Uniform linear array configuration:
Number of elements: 12
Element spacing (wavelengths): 1
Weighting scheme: blackman
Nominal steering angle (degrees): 15
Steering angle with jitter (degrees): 16.891
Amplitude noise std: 0.05
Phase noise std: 0.05

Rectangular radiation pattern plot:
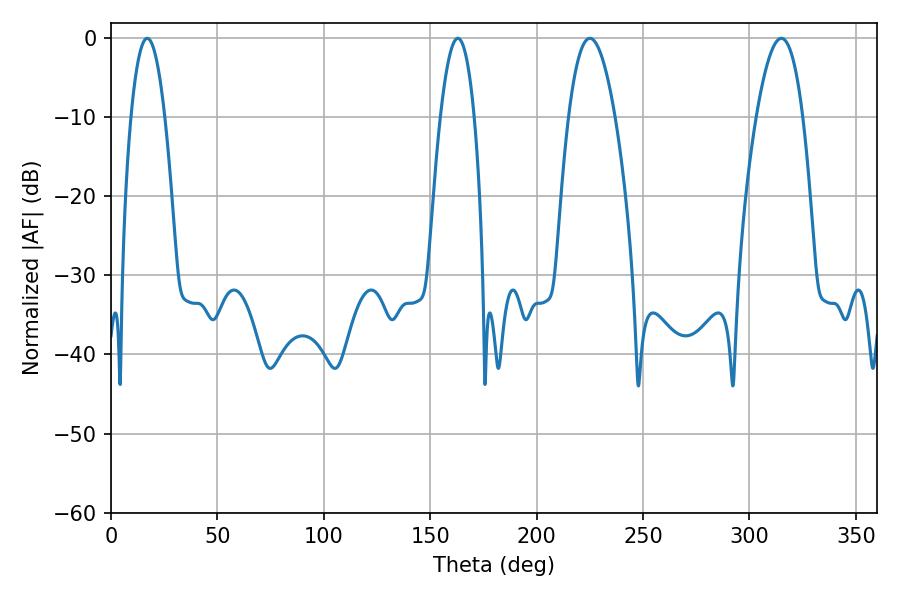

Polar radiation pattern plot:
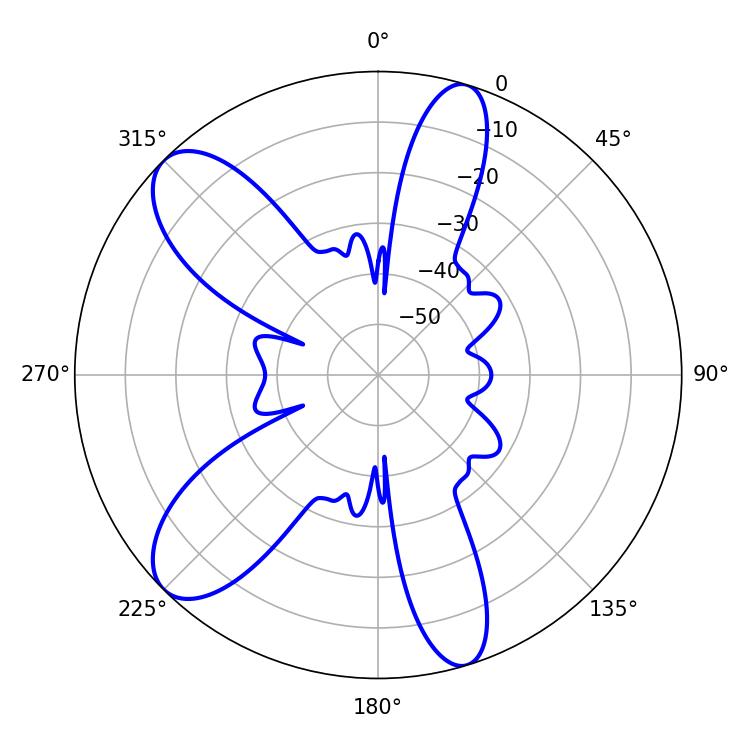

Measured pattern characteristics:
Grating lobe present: TRUE
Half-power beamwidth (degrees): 12.06
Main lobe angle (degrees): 225